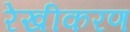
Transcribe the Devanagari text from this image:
रेखीकरण